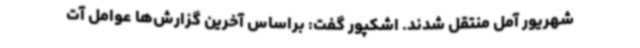
شهریور آمل منتقل شدند. اشکپور گفت: براساس آخرین گزارش‌ها عوامل آت